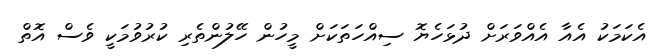
އެކަމަކު އެއާ އެއްވަރަށް ދުޅަހެޔޮ ސިއްހަތަކަށް މީހުން ހޭލުންތެރި ކުރުވުމަކީ ވެސް އޮތް